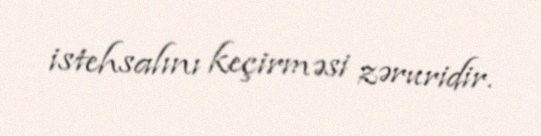
istehsalını keçirməsi zəruridir.